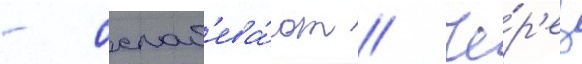
- ослаб'ева́ют // Че́р'ез